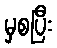
မှစပြီး